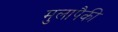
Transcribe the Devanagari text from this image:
मुलापैकी